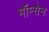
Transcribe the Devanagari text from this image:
मॉम्सेन